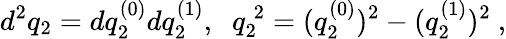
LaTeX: d^{2}q_{2}=dq_{2}^{(0)}dq_{2}^{(1)},\; \; q_{2}^{\: 2}=(q_{2}^{(0)})^{2}-(q_{2}^{(1)})^{2}~,